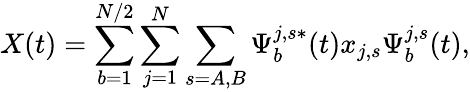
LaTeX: X(t)=\sum_{b=1}^{N/2}\sum_{j=1}^{N}\sum_{s=A,B}\Psi_{b}^{j,s*}(t)x_{j,s}\Psi_{b}^{j,s}(t),